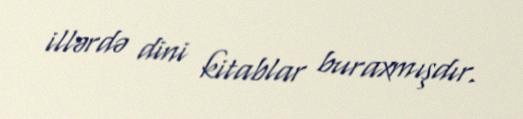
illərdə dini kitablar buraxmışdır.